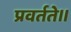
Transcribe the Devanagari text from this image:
प्रवर्तते॥